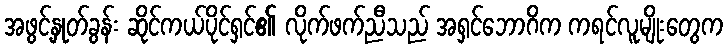
အဖွင့်နှုတ်ခွန်း ဆိုင်ကယ်ပိုင်ရှင်၏ လိုက်ဖက်ညီသည် အရှင်ဘောဂိက ကရင်လူမျိုးတွေက